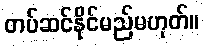
တပ်ဆင်နိုင်မည်မဟုတ်။